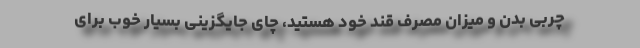
چربی بدن و میزان مصرف قند خود هستید، چای جایگزینی بسیار خوب برای